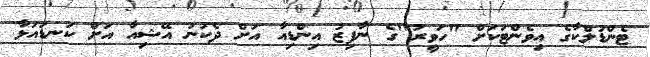
ޓެންޑުލްކާގެ އިވެންޓަކަށް "ހަވީރު"ގެ ނާފިޒު އިންޑިއާ އަށް ދެކުނު އޭޝިއާ އަށް ކަނޑައަޅާ